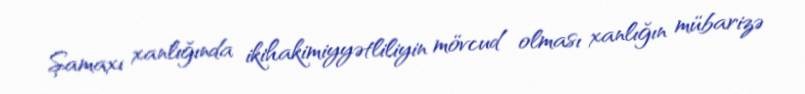
Şamaxı xanlığında ikihakimiyyətliliyin mövcud olması xanlığın mübarizə